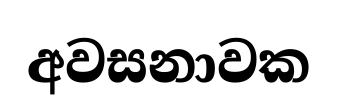
අවසනාවක